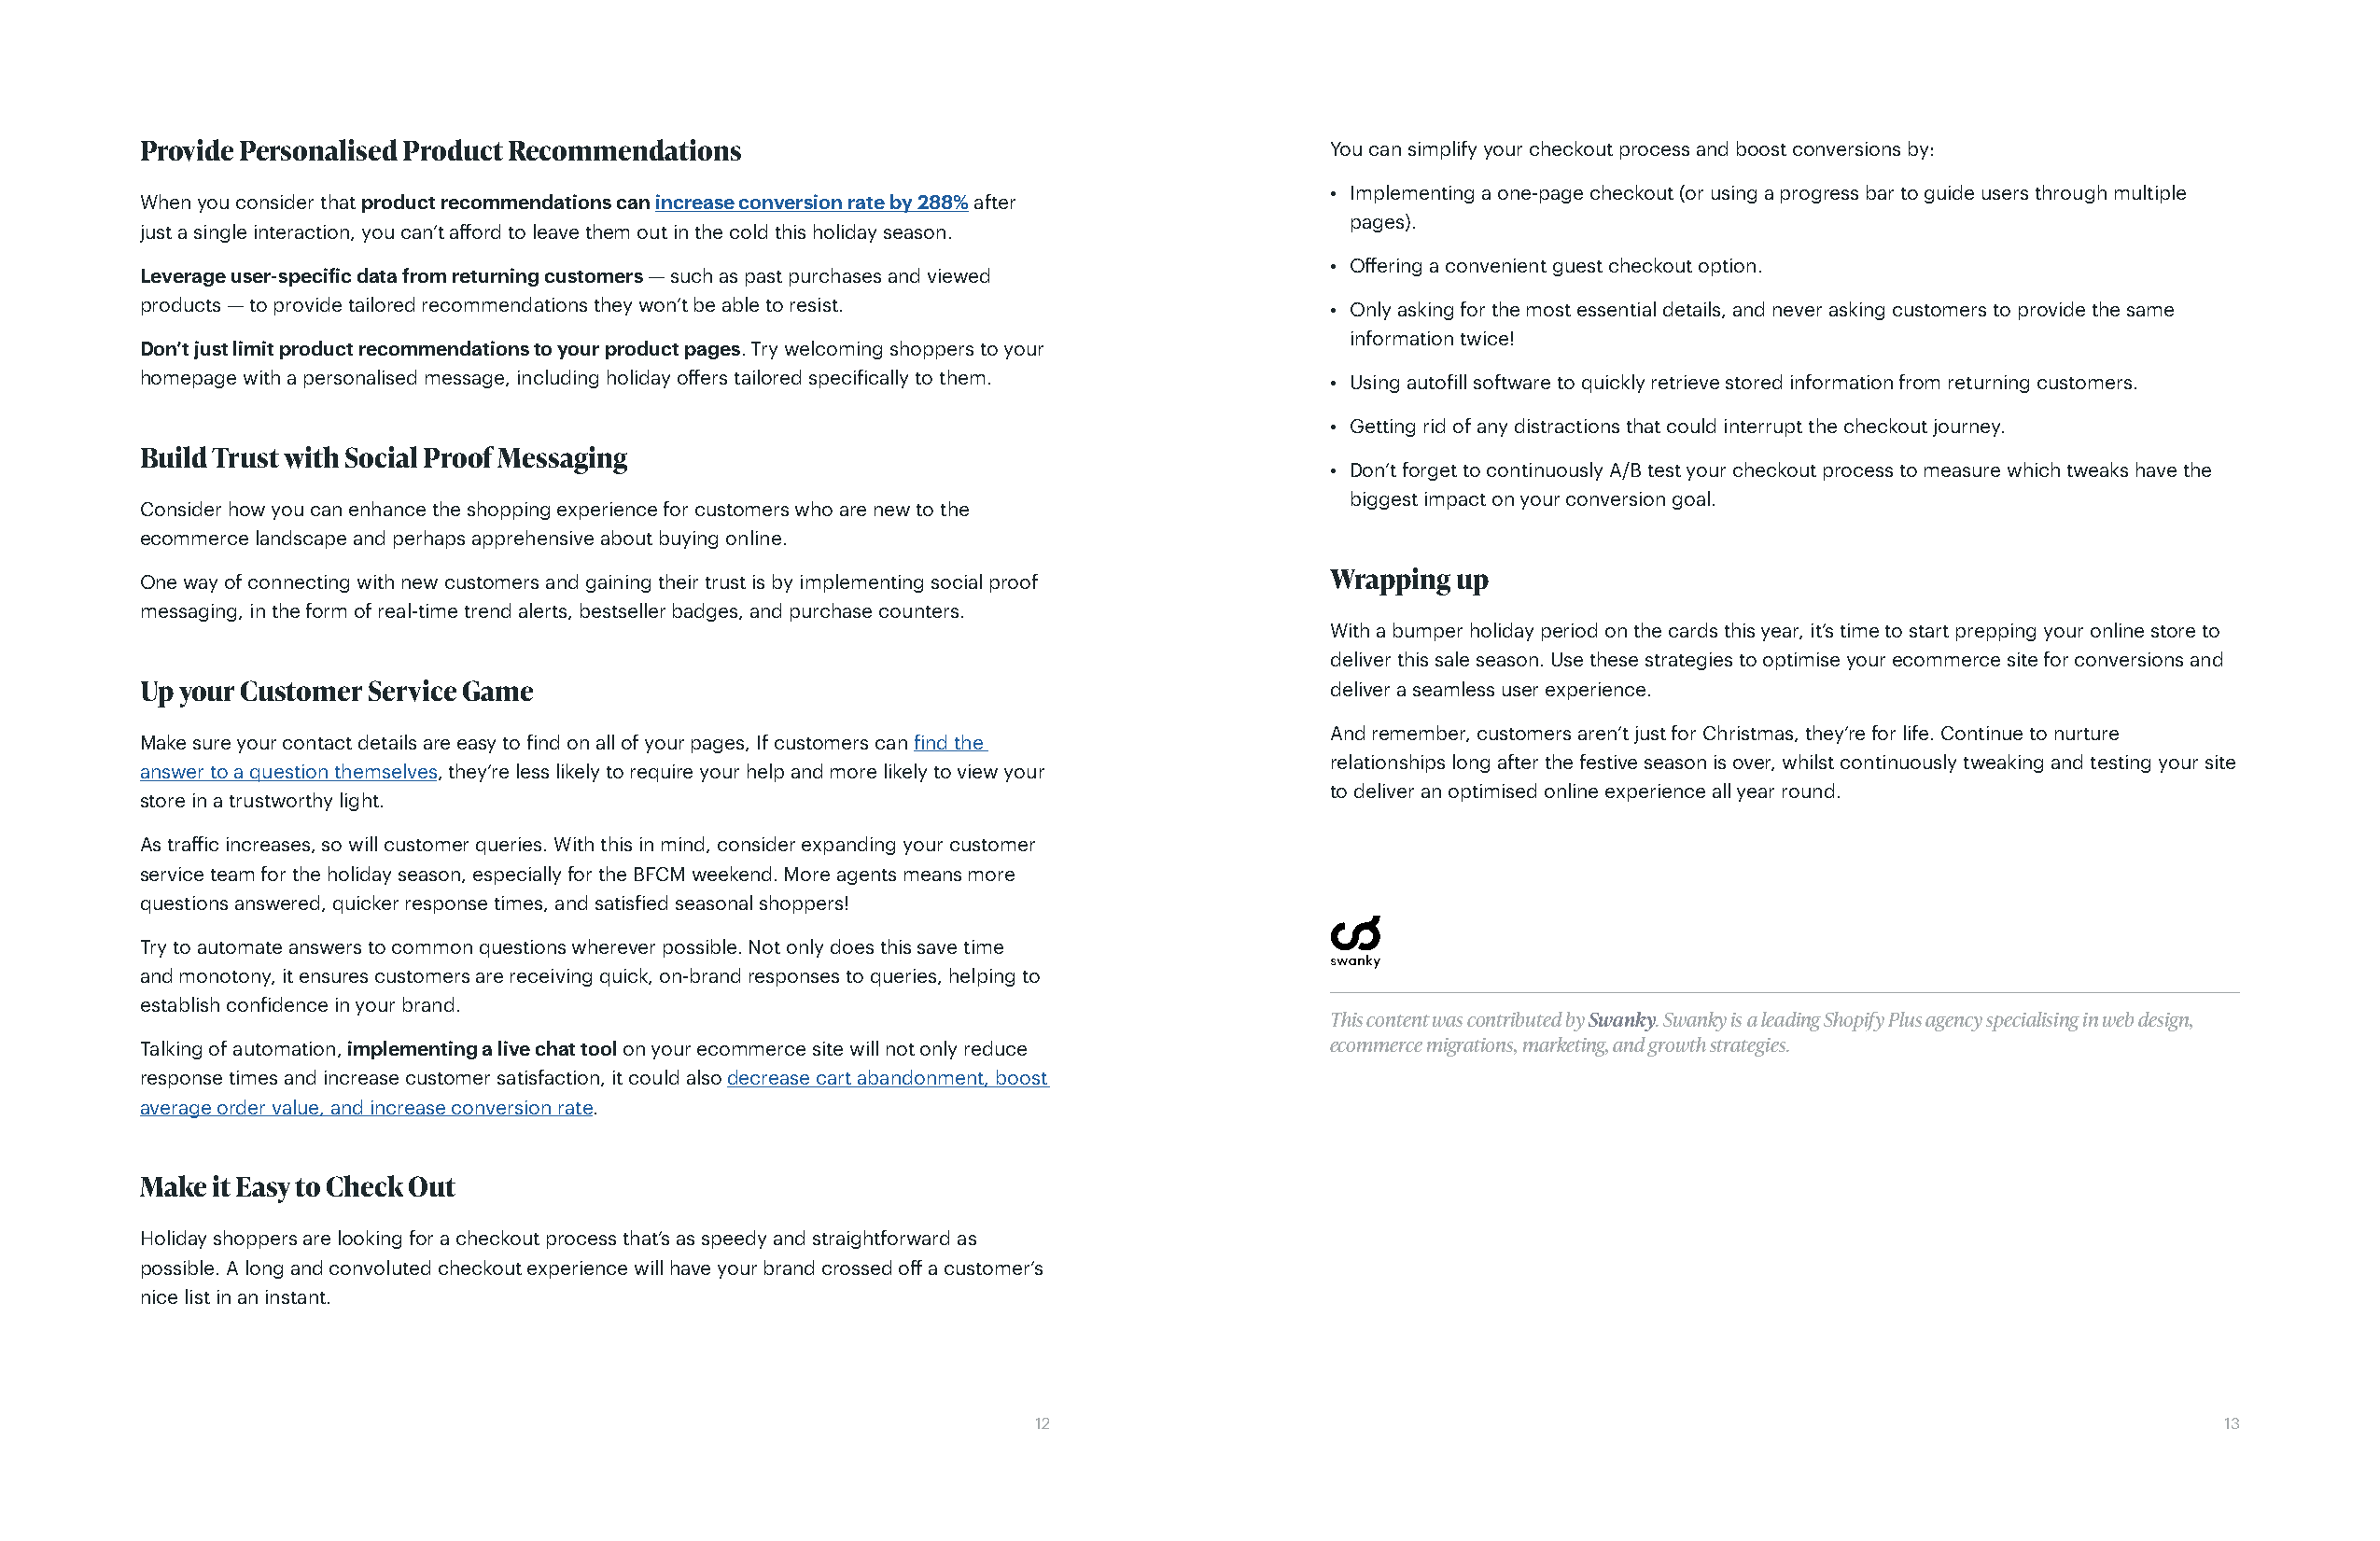
Provide Personalised Product Recommendations                                        You can simplify your checkout process and boost conversions by:
 • Implementing a one-page checkout (or using a progress bar to guide users through multiple
 When you consider that product recommendations can increase conversion rate by 288% after
 pages).
 just a single interaction, you can’t afford to leave them out in the cold this holiday season.
 • Offering a convenient guest checkout option.
 Leverage user-specific data from returning customers — such as past purchases and viewed
 products — to provide tailored recommendations they won’t be able to resist.        • Only asking for the most essential details, and never asking customers to provide the same
 information twice!
 Don’t just limit product recommendations to your product pages. Try welcoming shoppers to your
 homepage with a personalised message, including holiday offers tailored specifically to them. • Using autofill software to quickly retrieve stored information from returning customers.
 • Getting rid of any distractions that could interrupt the checkout journey.
 Build Trust with Social Proof Messaging
 • Don’t forget to continuously A/B test your checkout process to measure which tweaks have the
 biggest impact on your conversion goal.
 Consider how you can enhance the shopping experience for customers who are new to the
 ecommerce landscape and perhaps apprehensive about buying online.
 One way of connecting with new customers and gaining their trust is by implementing social proof Wrapping up
 messaging, in the form of real-time trend alerts, bestseller badges, and purchase counters.
 With a bumper holiday period on the cards this year, it’s time to start prepping your online store to
 deliver this sale season. Use these strategies to optimise your ecommerce site for conversions and
 Up your Customer Service Game                                                       deliver a seamless user experience.
 And remember, customers aren’t just for Christmas, they’re for life. Continue to nurture
 Make sure your contact details are easy to find on all of your pages, If customers can find the
 relationships long after the festive season is over, whilst continuously tweaking and testing your site
 answer to a question themselves, they’re less likely to require your help and more likely to view your
 to deliver an optimised online experience all year round.
 store in a trustworthy light.
 As traffic increases, so will customer queries. With this in mind, consider expanding your customer
 service team for the holiday season, especially for the BFCM weekend. More agents means more
 questions answered, quicker response times, and satisfied seasonal shoppers!
 Try to automate answers to common questions wherever possible. Not only does this save time
 and monotony, it ensures customers are receiving quick, on-brand responses to queries, helping to
 establish confidence in your brand.
 This content was contributed by Swanky. Swanky is a leading Shopify Plus agency specialising in web design,
 Talking of automation, implementing a live chat tool on your ecommerce site will not only reduce ecommerce migrations, marketing, and growth strategies.
 response times and increase customer satisfaction, it could also decrease cart abandonment, boost
 average order value, and increase conversion rate.
 Make it Easy to Check Out
 Holiday shoppers are looking for a checkout process that’s as speedy and straightforward as
 possible. A long and convoluted checkout experience will have your brand crossed off a customer’s
 nice list in an instant.
 12                                                                                   13